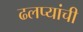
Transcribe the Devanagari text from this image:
ढलप्यांची